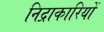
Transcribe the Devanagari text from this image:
निद्राकारियों